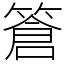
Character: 篬